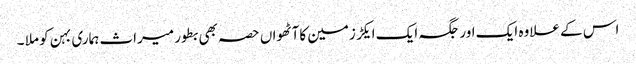
اس کے علاوہ ایک اور جگہ ایک ایکڑ زمین کاآٹھواں حصہ بھی بطور میراث ہماری بہن کو ملا ۔